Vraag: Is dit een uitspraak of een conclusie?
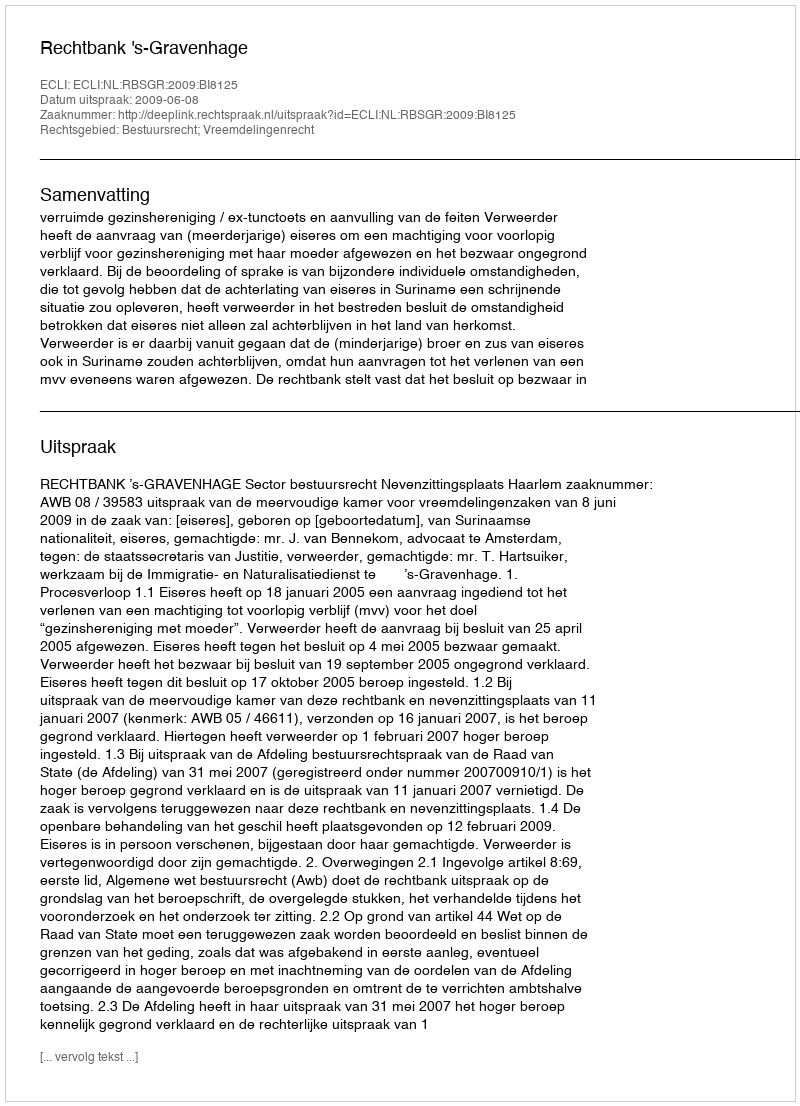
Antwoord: Uitspraak